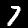
Label: 7